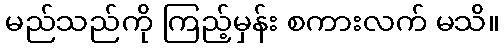
မည်သည်ကို ကြည့်မှန်း စကားလက် မသိ။